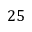
2 5